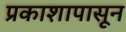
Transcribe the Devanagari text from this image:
प्रकाशापासून